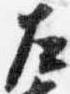
左